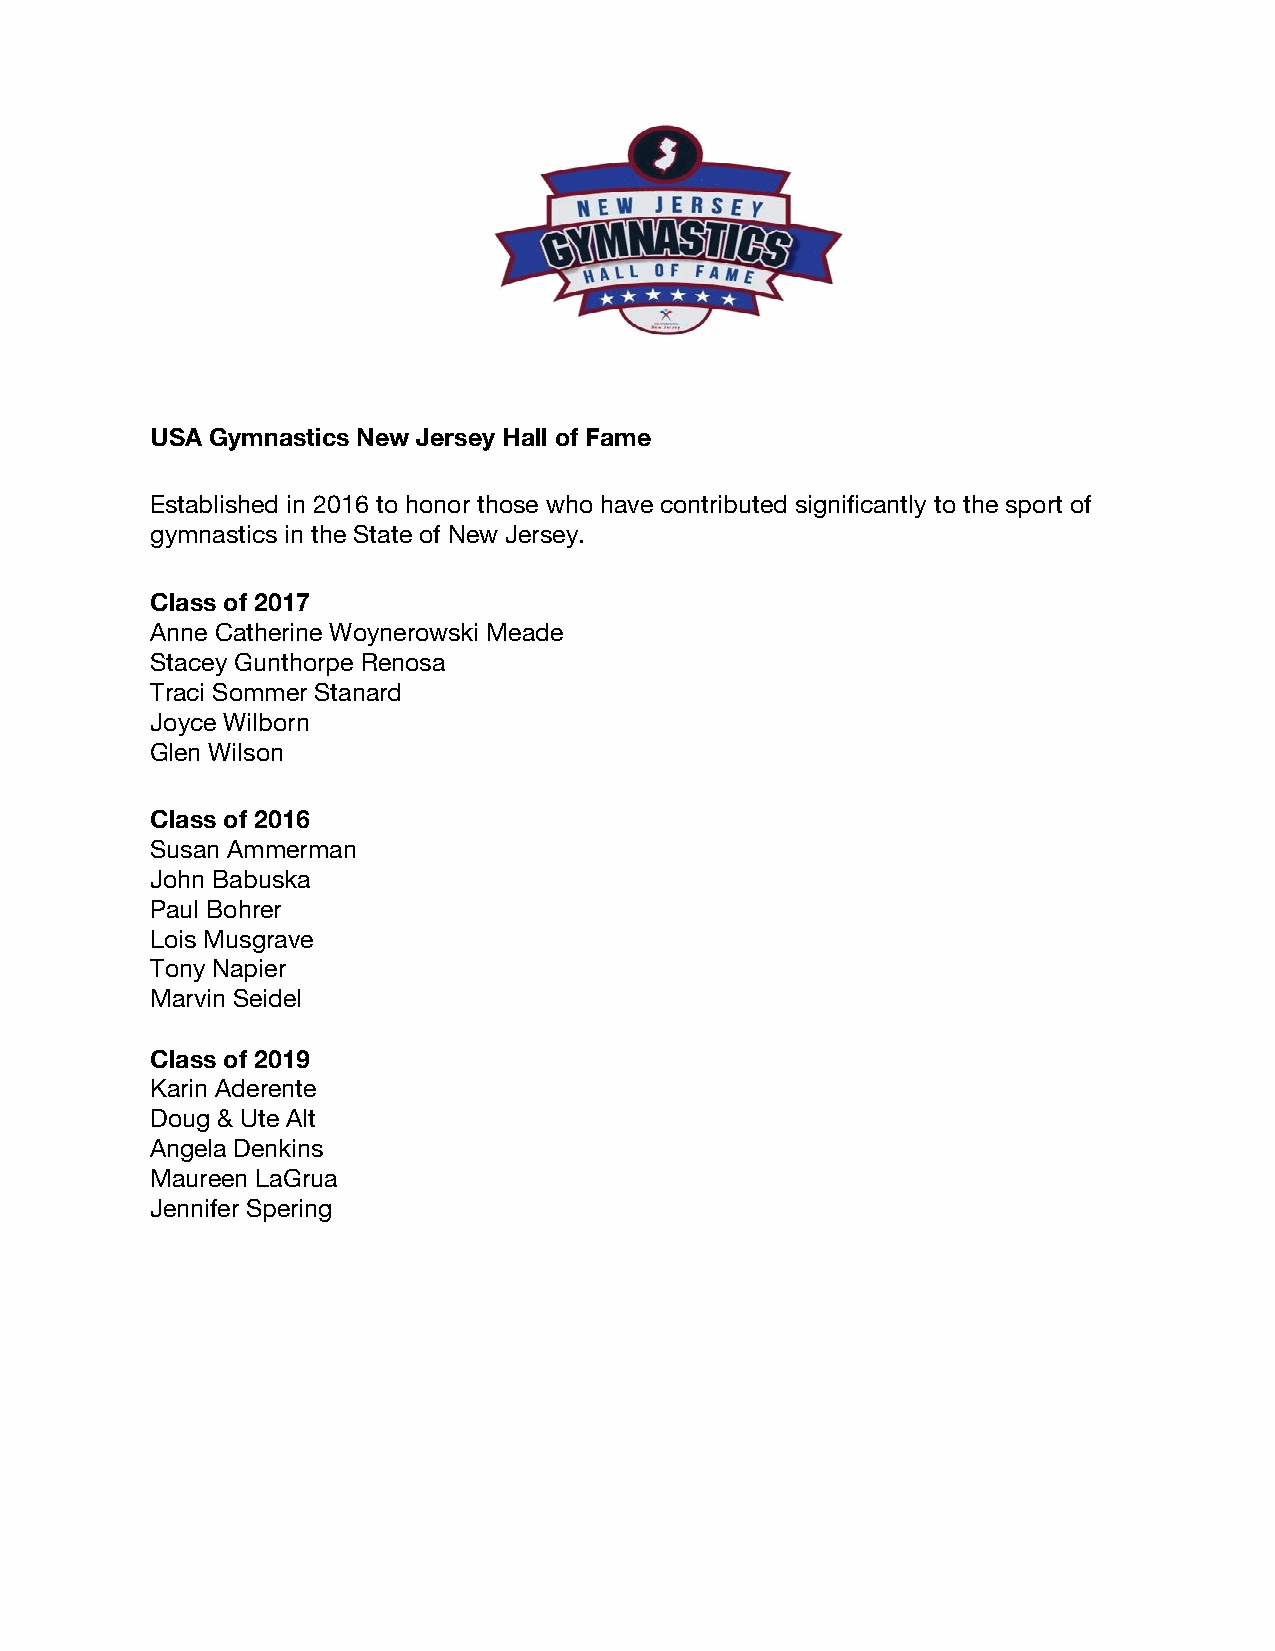
USA Gymnastics New Jersey Hall of Fame
 Established in 2016 to honor those who have contributed significantly to the sport of
 gymnastics in the State of New Jersey.
 Class of 2017
 Anne Catherine Woynerowski Meade
 Stacey Gunthorpe Renosa
 Traci Sommer Stanard
 Joyce Wilborn
 Glen Wilson
 Class of 2016
 Susan Ammerman
 John Babuska
 Paul Bohrer
 Lois Musgrave
 Tony Napier
 Marvin Seidel
 Class of 2019
 Karin Aderente
 Doug & Ute Alt
 Angela Denkins
 Maureen LaGrua
 Jennifer Spering